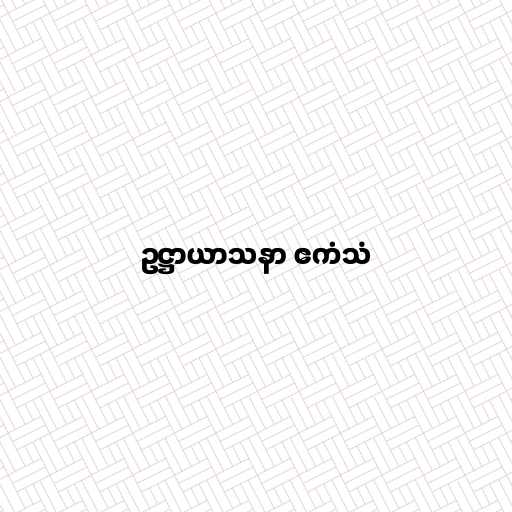
ဥဋ္ဌာယာသနာ ဧကံသံ